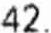
42.